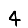
Digit: 4